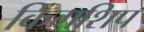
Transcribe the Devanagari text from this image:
किंगशिप